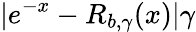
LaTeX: |e^{-x}-R_{b,\gamma}(x)|\le\gamma